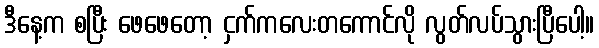
ဒီနေ့က စပြီး ဖေဖေတော့ ငှက်ကလေးတကောင်လို လွတ်လပ်သွားပြီပေါ့။